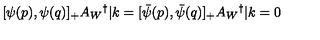
[ \psi ( p ) , \psi ( q ) ] _ { + } A _ { W } { } ^ { \dag } | k = [ { \bar { \psi } } ( p ) , { \bar { \psi } } ( q ) ] _ { + } A _ { W } { } ^ { \dag } | k = 0